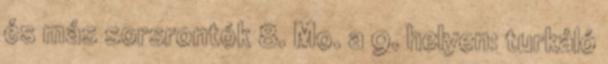
és más sorsrontók 8. Mo. a 9. helyen: turkáló